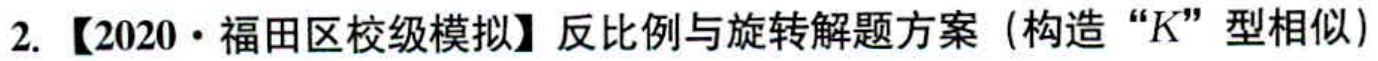
2. 【2020·福田区校级模拟】反比例与旋转解题方案（构造“K”型相似）